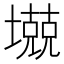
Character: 𱘋